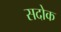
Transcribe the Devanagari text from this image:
सदोक